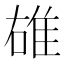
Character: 䧺